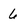
Character: 6